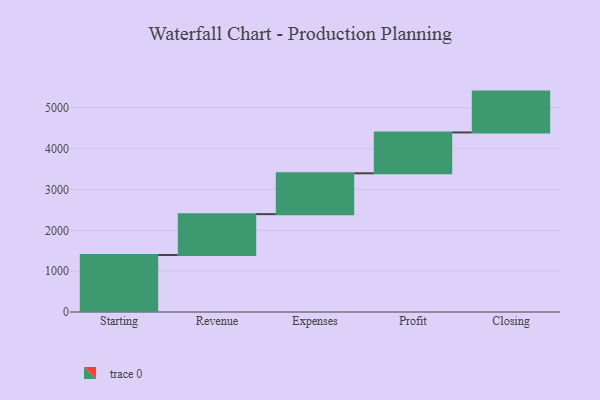
{"axis": {"x": "Step", "y": "Value"}, "legend": [""], "data": [{"x": "Starting", "y": 1396.0, "type": ""}, {"x": "Revenue", "y": 1000, "type": ""}, {"x": "Expenses", "y": 1000, "type": ""}, {"x": "Profit", "y": 1000, "type": ""}, {"x": "Closing", "y": 1000, "type": ""}]}